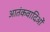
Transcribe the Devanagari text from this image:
आतंकवादिओं